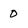
Character: 0